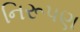
નિરૂપણ